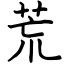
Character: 荒